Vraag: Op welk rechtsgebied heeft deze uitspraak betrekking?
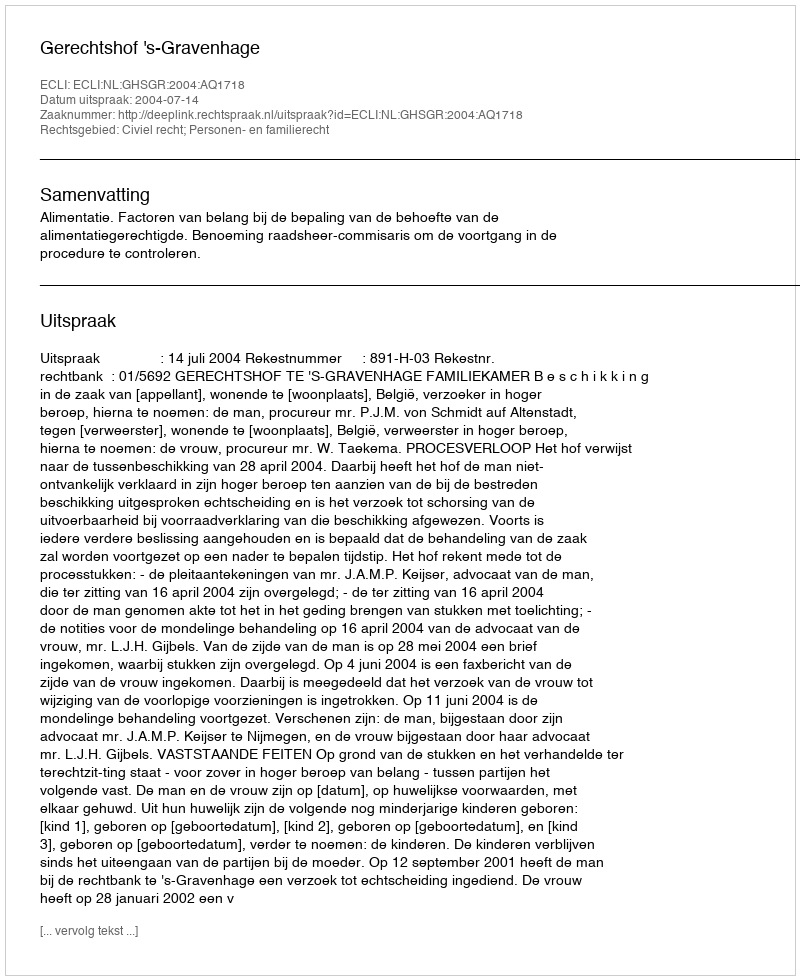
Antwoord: Civiel recht; Personen- en familierecht